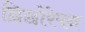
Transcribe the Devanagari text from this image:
छिछोरेपन